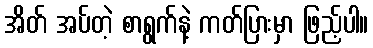
အိတ် အပ်တဲ့ စာရွက်နဲ့ ကတ်ပြားမှာ ဖြည့်ပါ။